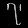
Digit: ၇